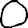
Digit: 0